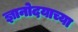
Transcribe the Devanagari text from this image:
ज्ञानोदयाच्या